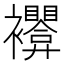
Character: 𰴊